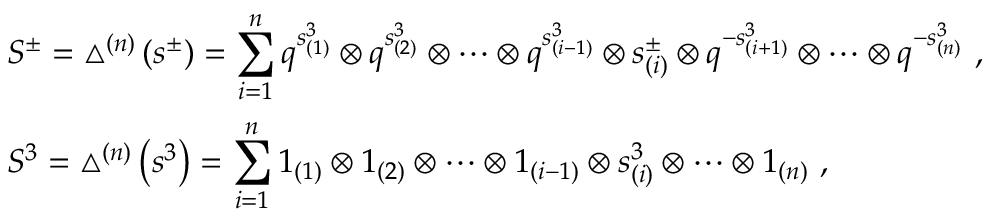
\begin{array} { r c l } { { } } & { { } } & { { S ^ { \pm } = \bigtriangleup ^ { ( n ) } \left( s ^ { \pm } \right) = \displaystyle \sum _ { i = 1 } ^ { n } q ^ { s _ { ( 1 ) } ^ { 3 } } \otimes q ^ { s _ { ( 2 ) } ^ { 3 } } \otimes \cdots \otimes q ^ { s _ { ( i - 1 ) } ^ { 3 } } \otimes s _ { ( i ) } ^ { \pm } \otimes q ^ { - s _ { ( i + 1 ) } ^ { 3 } } \otimes \cdots \otimes q ^ { - s _ { ( n ) } ^ { 3 } } ~ , } } \\ { { } } & { { } } & { { S ^ { 3 } = \bigtriangleup ^ { ( n ) } \left( s ^ { 3 } \right) = \displaystyle \sum _ { i = 1 } ^ { n } 1 _ { ( 1 ) } \otimes 1 _ { ( 2 ) } \otimes \cdots \otimes 1 _ { ( i - 1 ) } \otimes s _ { ( i ) } ^ { 3 } \otimes \cdots \otimes 1 _ { ( n ) } ~ , } } \end{array}